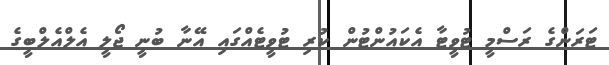
ޓަރަންގެ ރަސްމީ ޓުވީޓާ އެކައުންޓުން ކުރި ޓުވީޓެއްގައި އޭނާ ބުނީ ޖޯލީ އެލްއެލްބީގެ